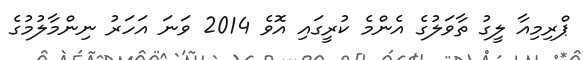
ޕްރިމިއާ ލީގު ތާވަލުގެ އެންމެ ކުރީގައި އޮވެ 2014 ވަނަ އަހަރު ނިންމާލުމުގެ